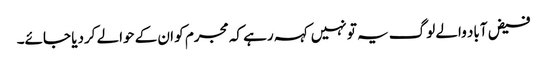
فیض آباد والے لوگ یہ تو نہیں کہہ رہے کہ مجرم کو ان کے حوالے کردیا جائے۔